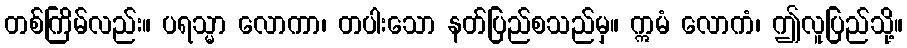
တစ်ကြိမ်လည်း။ ပရသ္မာ လောကာ၊ တပါးသော နတ်ပြည်စသည်မှ။ ဣမံ လောကံ၊ ဤလူပြည်သို့။